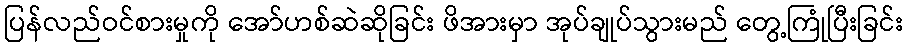
ပြန်လည်ဝင်စားမှုကို အော်ဟစ်ဆဲဆိုခြင်း ဖိအားမှာ အုပ်ချုပ်သွားမည် တွေ့ကြုံပြီးခြင်း